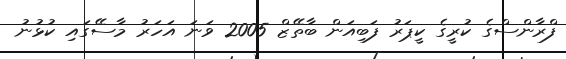
ފްރާންސްގެ ކުރީގެ ކީޕަރު ފަބިއަން ބާތޭޒް 2005 ވަނަ އަހަރު މާސޭގައި ކުޅުނު